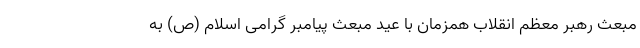
مبعث رهبر معظم انقلاب همزمان با عید مبعث پیامبر گرامی اسلام (ص) به